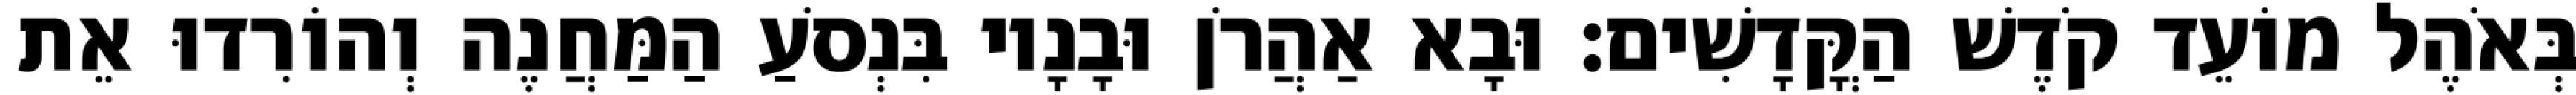
בְּאֹהֶל מוֹעֵד קֹדֶשׁ הַקֳּדָשִׁים׃ וּבָא אַהֲרֹן וּבָנָיו בִּנְסֹעַ הַמַּחֲנֶה וְהוֹרִדוּ אֵת